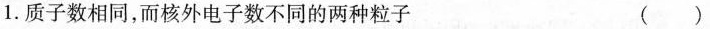
1.质子数相同,而核外电子数不同的两种粒子 ( )